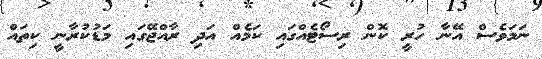
ނަމަވެސް އޭނާ ހުރީ ކޮން ރިސޯޓެއްގައި ކަމެއް އަދި ރާއްޖޭގައި މަޑުކުރާނީ ކިތައް